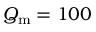
Q _ { \mathrm { m } } = 1 0 0